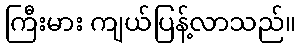
ကြီးမား ကျယ်ပြန့်လာသည်။